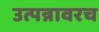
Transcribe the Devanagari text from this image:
उत्पन्नावरच